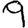
Digit: 9